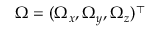
\boldsymbol { \Omega } = ( \Omega _ { x } , \Omega _ { y } , \Omega _ { z } ) ^ { \top }